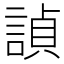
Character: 𬢵